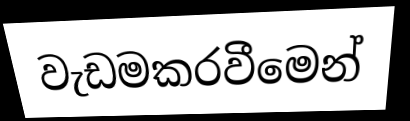
වැඩමකරවීමෙන්